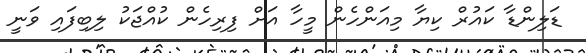
ޑަލިންޑާ ކައުރް ކިޔާ މިއަންހެން މީހާ އަށް ފިރިހެން ކުއްޖަކު ލިބިފައި ވަނީ